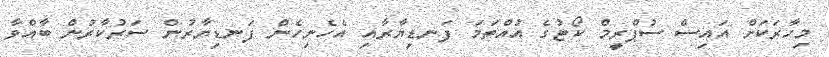
މިހާރަކަށް އައިސް ސުޕްރީމް ކޯޓުގެ އުއްތަމަ ފަނޑިޔާރާއި އެހެނިހެން ފަނޑިޔާރުން ސަރުކާރުން ބާއްވާ